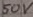
Text: 50V